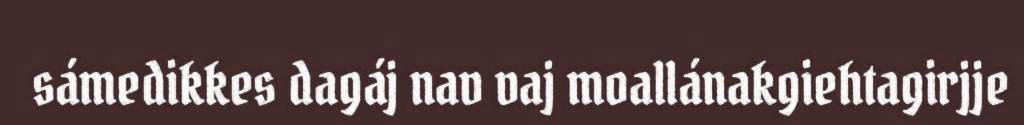
sámedikkes dagáj nav vaj moallánakgiehtagirjje